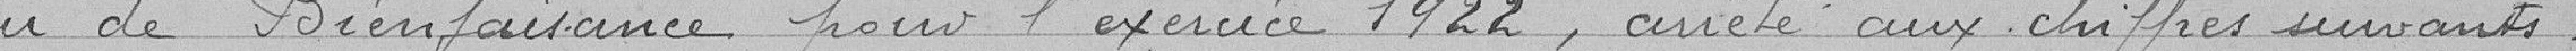
de Bienfaisance pour l'exercice 1922, arrêté aux chiffres suivants :